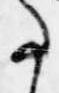
事